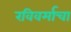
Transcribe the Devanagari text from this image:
रविवर्माचा